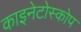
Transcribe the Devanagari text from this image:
काइनेटोस्कोप